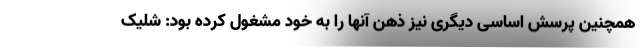
همچنین پرسش اساسی دیگری نیز ذهن آنها را به خود مشغول کرده بود: شلیک